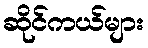
ဆိုင်ကယ်များ